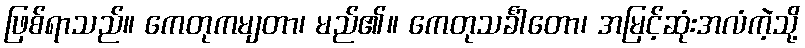
ဖြစ်ရာသည်။ ကေတုကမျတာ၊ မည်၏။ ကေတုသင်္ခါတော၊ အမြင့်ဆုံးအလံကဲ့သို့